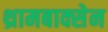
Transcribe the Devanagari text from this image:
थ्रामबाक्सेन